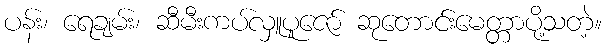
ပန်း၊ ရေချမ်း၊ ဆီမီးကပ်လှူပူဇော် ဆုတောင်းမေတ္တာပို့သတဲ့။